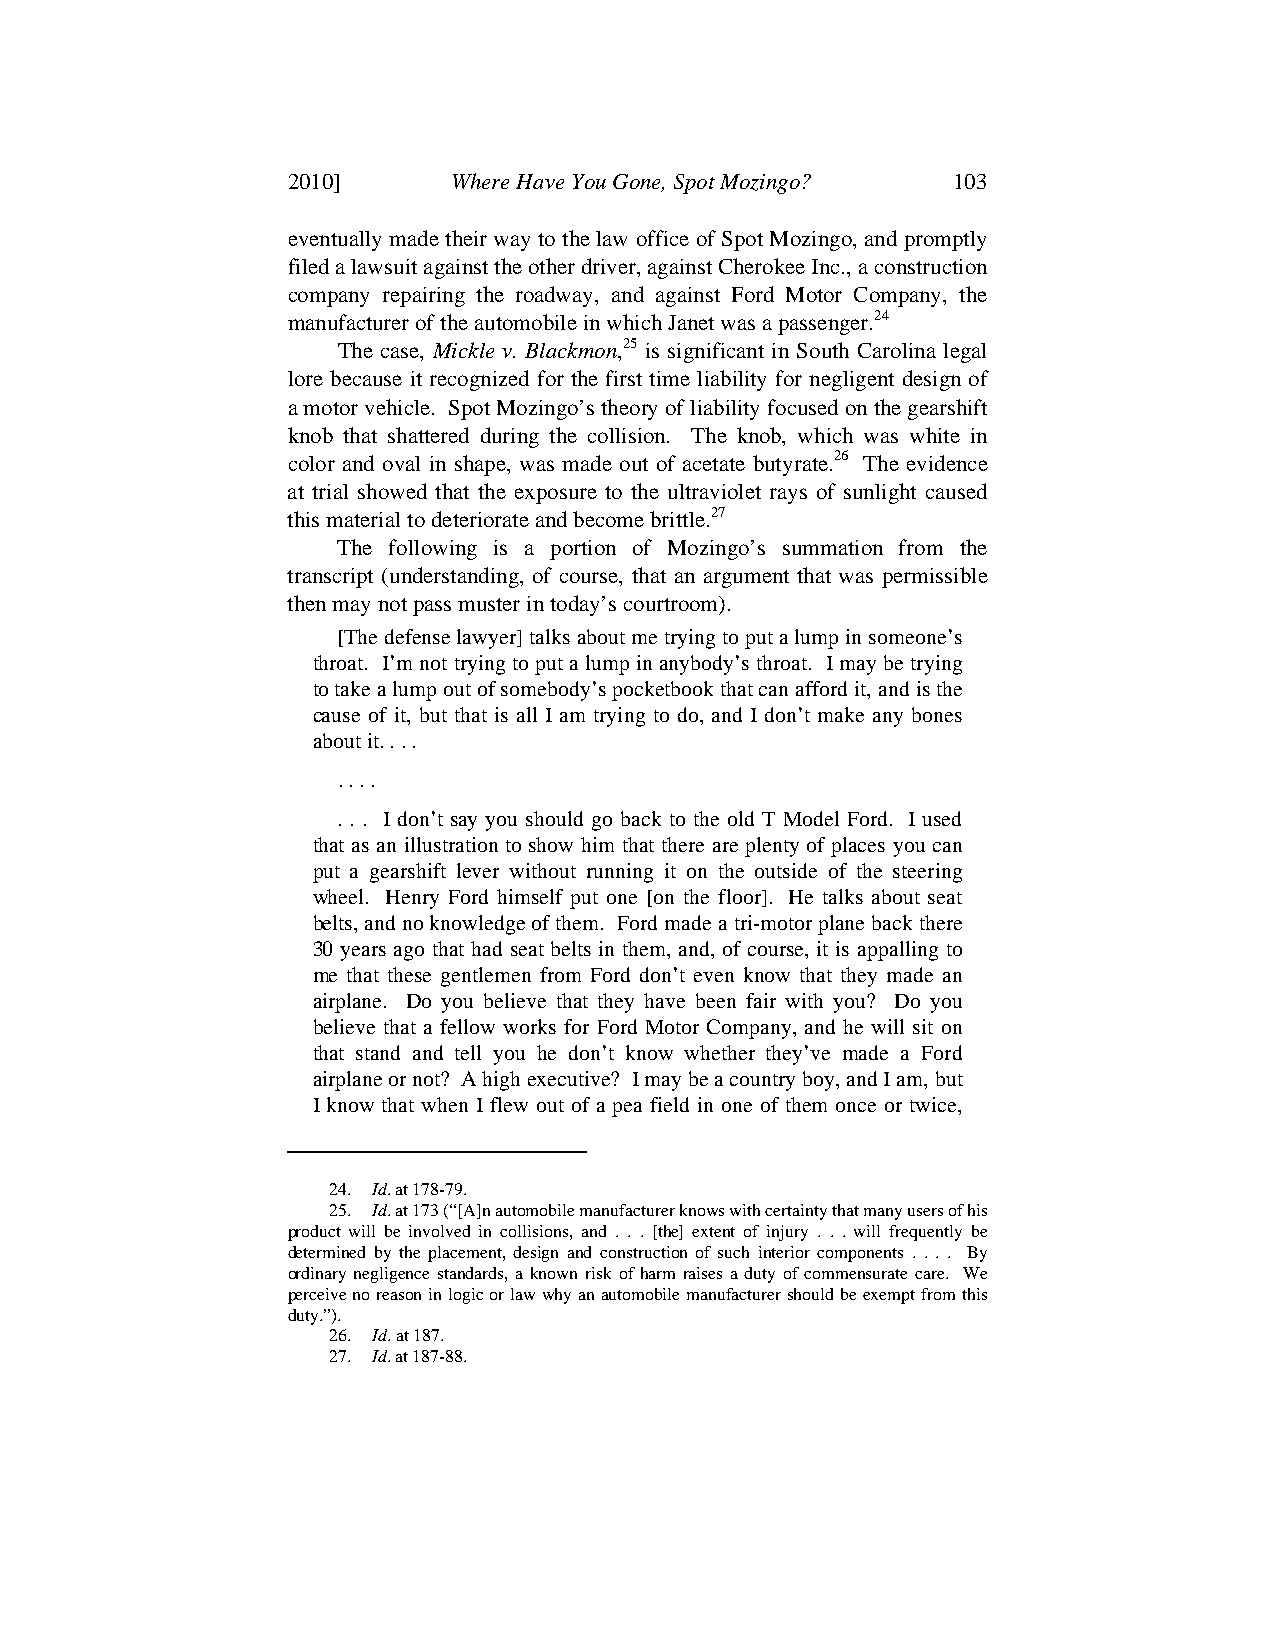
JUDGE ANDERSON ARTICLE - DRAFT 4.5 (FINAL) 5/13/2010 12:30:34 PM
 2010]      Where Have You Gone, Spot Mozingo? 103
 eventually made their way to the law office of Spot Mozingo, and promptly
 filed a lawsuit against the other driver, against Cherokee Inc., a construction
 company repairing the roadway, and against Ford Motor Company, the
 manufacturer of the automobile in which Janet was a passenger.24
 The case, Mickle v. Blackmon,25 is significant in South Carolina legal
 lore because it recognized for the first time liability for negligent design of
 a motor vehicle. Spot Mozingo’s theory of liability focused on the gearshift
 knob that shattered during the collision. The knob, which was white in
 color and oval in shape, was made out of acetate butyrate.26 The evidence
 at trial showed that the exposure to the ultraviolet rays of sunlight caused
 this material to deteriorate and become brittle.27
 The following is a portion of Mozingo’s summation from the
 transcript (understanding, of course, that an argument that was permissible
 then may not pass muster in today’s courtroom).
 [The defense lawyer] talks about me trying to put a lump in someone’s
 throat. I’m not trying to put a lump in anybody’s throat. I may be trying
 to take a lump out of somebody’s pocketbook that can afford it, and is the
 cause of it, but that is all I am trying to do, and I don’t make any bones
 about it. . . .
 . . . .
 . . . I don’t say you should go back to the old T Model Ford. I used
 that as an illustration to show him that there are plenty of places you can
 put a gearshift lever without running it on the outside of the steering
 wheel. Henry Ford himself put one [on the floor]. He talks about seat
 belts, and no knowledge of them. Ford made a tri-motor plane back there
 30 years ago that had seat belts in them, and, of course, it is appalling to
 me that these gentlemen from Ford don’t even know that they made an
 airplane. Do you believe that they have been fair with you? Do you
 believe that a fellow works for Ford Motor Company, and he will sit on
 that stand and tell you he don’t know whether they’ve made a Ford
 airplane or not? A high executive? I may be a country boy, and I am, but
 I know that when I flew out of a pea field in one of them once or twice,
 24. Id. at 178-79.
 25. Id. at 173 (“[A]n automobile manufacturer knows with certainty that many users of his
 product will be involved in collisions, and . . . [the] extent of injury . . . will frequently be
 determined by the placement, design and construction of such interior components . . . . By
 ordinary negligence standards, a known risk of harm raises a duty of commensurate care. We
 perceive no reason in logic or law why an automobile manufacturer should be exempt from this
 duty.”).
 26. Id. at 187.
 27. Id. at 187-88.